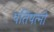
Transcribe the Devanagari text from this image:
पतिपत्‍नी